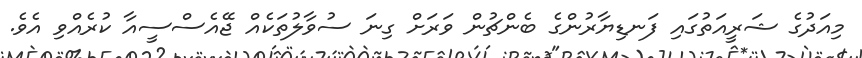
މިއަދުގެ ޝަރީއަތުގައި ފަނޑިޔާރުންގެ ބެންޗުން ވަރަށް ގިނަ ސުވާލުތަކެއް ޖޭއެސްސީއާ ކުރެއްވި އެވެ.